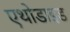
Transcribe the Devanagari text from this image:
एथोडाइड